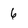
Character: 6